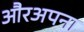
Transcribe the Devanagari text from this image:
औरअपना